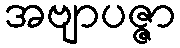
အဗျာပဇ္ဇာ